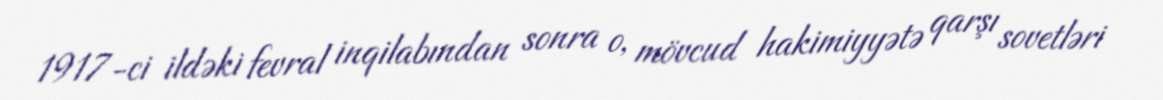
1917-ci ildəki fevral inqilabından sonra o, mövcud hakimiyyətə qarşı sovetləri